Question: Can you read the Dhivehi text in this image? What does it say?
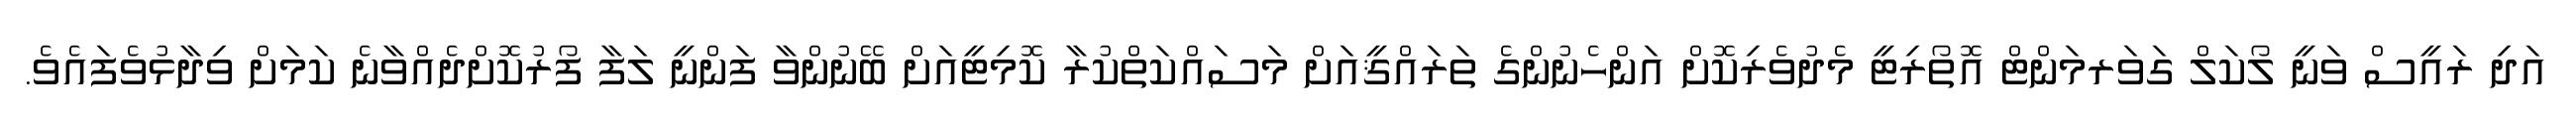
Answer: އަދި ރައީސް ވަނީ ލޯކަލް ގަވަރމަންޓް އޮތޯރިޓީ މެދުވެރިކޮށް އަންހެނުންގެ ތަރައްޤީއަށް މަސައްކަތްކުރާ ކޮމިޓީއަށް ބޭނުންވާ ފަންނީ ލަފާ ފޯރުކޮށްދެއްވާނެ ކަމަށް ވިދާޅުވެފައެވެ.